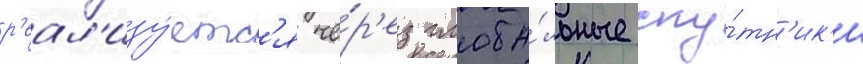
р'еал'изу́етс'я че́р'ез глоба́льные спу́тн'ик'и